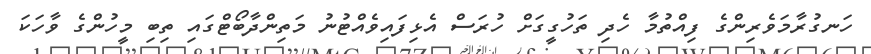
ހަނގުރާމަވެރިންގެ ފިއްތުމާ ހެދި ތަހުގީގަށް ހުރަސް އެޅިފައިވެއްޓުނު މަތިންދާބޯޓްގައި ތިބި މީހުންގެ ވާހަކަ